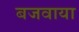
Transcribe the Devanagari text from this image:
बजवाया